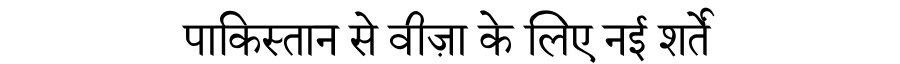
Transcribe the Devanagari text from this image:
पाकिस्तान से वीज़ा के लिए नई शर्तें